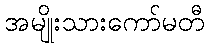
အမျိုးသားကော်မတီ